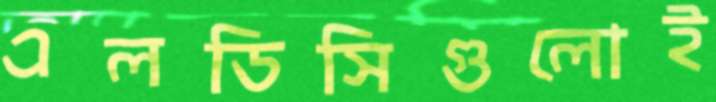
এলডিসিগুলোই